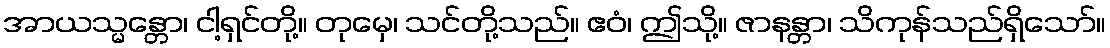
အာယသ္မန္တော၊ ငါ့ရှင်တို့။ တုမှေ၊ သင်တို့သည်။ ဧဝံ၊ ဤသို့။ ဇာနန္တာ၊ သိကုန်သည်ရှိသော်။